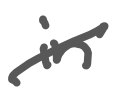
Text: in
Cross-out: diagonal
Writing tool: digital_gray